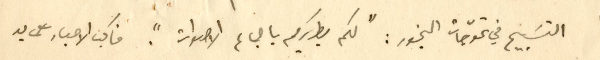
التسَبيح في تموّجات البخور : "لكم بطريرك باجماع الاصوات". فاكب الاحبار على يد